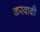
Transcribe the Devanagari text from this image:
करवादी